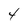
Character: 4